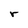
Character: r